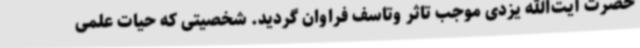
حضرت آیت‌الله یزدی موجب تاثر وتاسف فراوان گردید. شخصیتی که حیات علمی